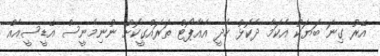
އޭރު ގިނަ ބަޔަކު އެކަމާ ދެކޮޅު ހެދީ އެއާޕޯޓް ތަރައްގީކޮށް ނުނިމެނީސް އޭޑީސީއެއް